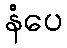
နံပေ